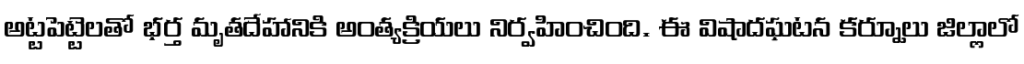
అట్టపెట్టెలతో భర్త మృతదేహానికి అంత్యక్రియలు నిర్వహించింది. ఈ విషాదఘటన కర్నూలు జిల్లాలో